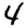
Digit: 4